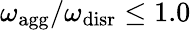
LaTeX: {\omega_{\mathrm{agg}}/\omega_{\mathrm{disr}}\leq 1.0}